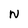
Character: N